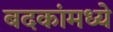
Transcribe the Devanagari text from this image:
बदकांमध्ये